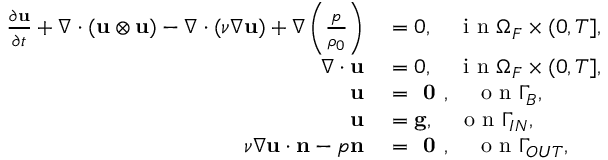
\begin{array} { r l } { \frac { \partial \mathbf { u } } { \partial t } + \nabla \cdot ( \mathbf { u } \otimes \mathbf { u } ) - \nabla \cdot ( \nu \nabla \mathbf { u } ) + \nabla \left( \frac { p } { \rho _ { 0 } } \right) } & { { } = 0 , \quad \mathrm { ~ i ~ n ~ } \Omega _ { F } \times ( 0 , T ] , } \\ { \nabla \cdot \mathbf { u } } & { { } = 0 , \quad \mathrm { ~ i ~ n ~ } \Omega _ { F } \times ( 0 , T ] , } \\ { \mathbf { u } } & { { } = \textbf { 0 } , \quad \mathrm { ~ o ~ n ~ } \Gamma _ { B } , } \\ { \mathbf { u } } & { { } = \mathbf { g } , \quad \mathrm { ~ o ~ n ~ } \Gamma _ { I N } , } \\ { \nu \nabla \mathbf { u } \cdot \mathbf { n } - p \mathbf { n } } & { { } = \textbf { 0 } , \quad \mathrm { ~ o ~ n ~ } \Gamma _ { O U T } , } \end{array}